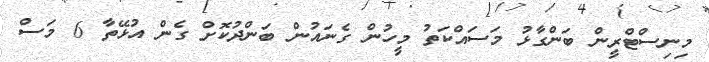
މިނިސްޓްރީން ބަންގާޅު މަސައްކަތު މީހުން ގެނައުން ބަންދުކޮށް ގެން އުޅޭތާ 6 މަސް